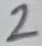
Text: 2